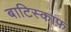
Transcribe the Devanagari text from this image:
बाटिस्काफ